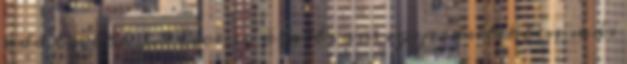
add tovább 3.0 licenc alatt van; egyes esetekben más